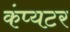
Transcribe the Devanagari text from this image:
कंप्यटर